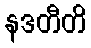
နဒတီတိ